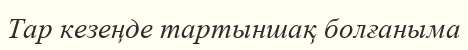
Тар кезеңде тартыншақ болғаныма